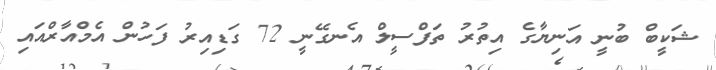
ޝަކީބް ބުނީ އަނިޔާގެ އިތުރު ތަފްސީލް އެނގޭނީ 72 ގަޑިއިރު ފަހުން އެމްއާރްއައި